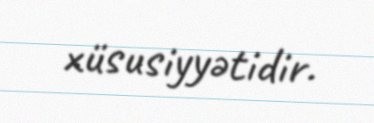
xüsusiyyətidir.